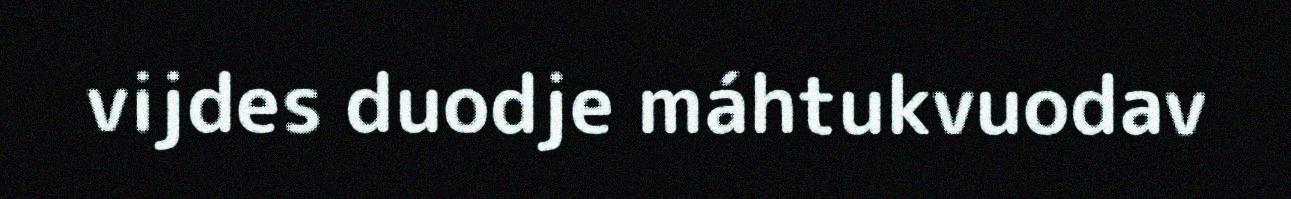
vijdes duodje máhtukvuodav